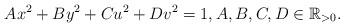
LaTeX: \begin{align*}A x^2 + B y^2 + C u^2 + D v^2 = 1, A, B, C, D \in \mathbb{R}_{>0}.\end{align*}